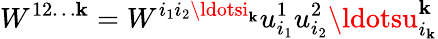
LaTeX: W^{12\ldots\mathbf{k}}=W^{i_{1}i_{2}\ldotsi_{\mathbf{k}}}u_{i_{1}}^{1}u_{i_{2}}^{2}\ldotsu_{i_{\mathbf{k}}}^{\mathbf{k}}